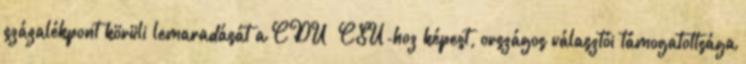
százalékpont körüli lemaradását a CDU CSU-hoz képest, országos választói támogatottsága